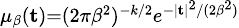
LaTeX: \scriptstyle\mu_{\beta}(\mathbf{t})=(2\pi\beta^{2})^{-k/2}e^{-|\mathbf{t}|^{2}/(2\beta^{2})}